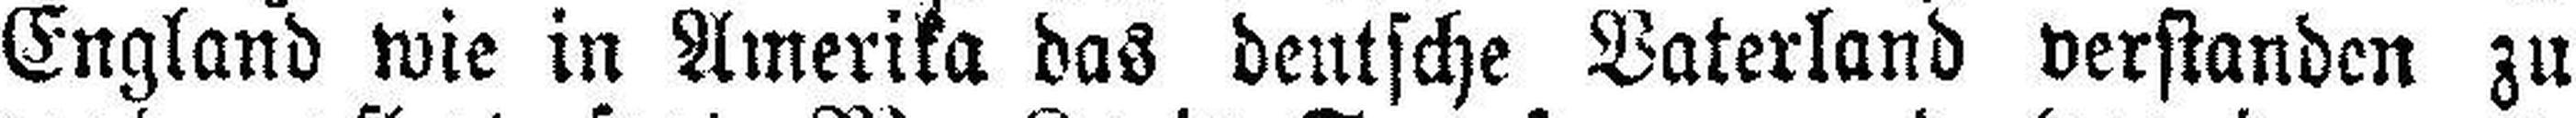
England wie in Amerika das deutsche Vaterland verstanden zu